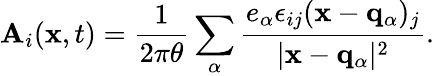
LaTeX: \mathbf{A}_{i}({\mathbf{x}},t)=\frac{{1}}{{2\pi\theta}}\sum_{\alpha}\frac{{e_{\alpha}\epsilon_{ij}({\mathbf{x}}-{\mathbf{q}_{\alpha}})_{j}}}{{\vert{\mathbf{x}}-{\mathbf{q}_{\alpha}}\vert^{2}}}.